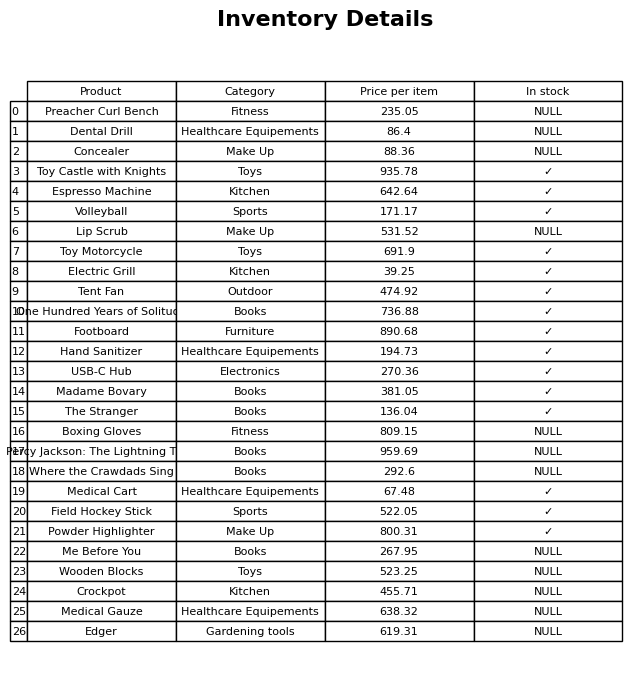
question: What is the price of the Toy Castle with Knights?
answer: The price of Toy Castle with Knights is 935.78.